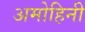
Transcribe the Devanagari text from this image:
अमोहिनी